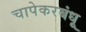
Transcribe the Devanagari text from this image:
चापेकरबंधू